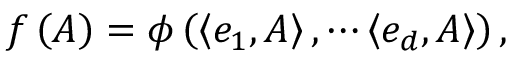
f \left( A \right) = \phi \left( \left\langle e _ { 1 } , A \right\rangle , \cdots \left\langle e _ { d } , A \right\rangle \right) ,